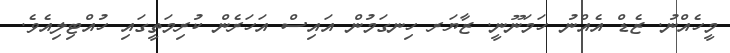
މީހެއްނު. ޒެޑް އެއްނު ހަމަނޫނީ. ޒާޔަރ ހިނގަމުން އައިސް އަހަރެން ކުރިމަތީގައި ހުއްޓިލިއެވެ.